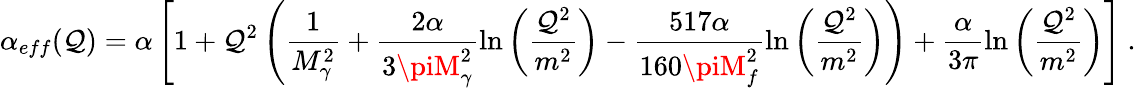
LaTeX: \alpha_{eff}(\mathcal{Q})=\alpha\left[1+\mathcal{Q}^{2}\left(\frac{{1}}{{M_{\gamma}^{2}}}+\frac{{2\alpha}}{{3\piM_{\gamma}^{2}}}\ln\left(\frac{{\mathcal{Q}^{2}}}{{m^{2}}}\right)-\frac{{517\alpha}}{{160\piM_{f}^{2}}}\ln\left(\frac{{\mathcal{Q}^{2}}}{{m^{2}}}\right)\right)+\frac{{\alpha}}{{3\pi}}\ln\left(\frac{{\mathcal{Q}^{2}}}{{m^{2}}}\right)\right]\ .